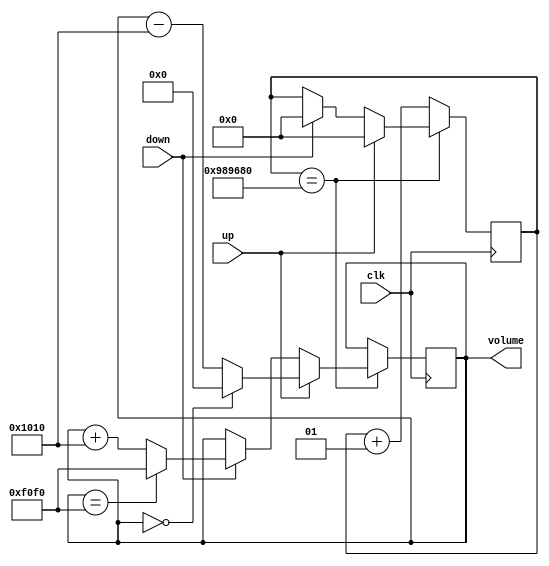
`timescale 1ns / 1ps
//////////////////////////////////////////////////////////////////////////////////
// Company: 
// Engineer: 
// 
// Design Name: 
// Module Name: volume_choose
// Project Name: 
// Target Devices: 
// Tool Versions: 
// Description: 
// 
// Dependencies: 
// 
// Revision:
// Revision 0.01 - File Created
// Additional Comments:
// 
//////////////////////////////////////////////////////////////////////////////////


module volume_choose(
	input clk,
	input up,
	input down,
	output reg [15:0] volume
);
parameter DELAY_TIME = 10000000;
	integer delay = 0;
	always @ (negedge clk) begin 
            if(delay == DELAY_TIME) begin
                 if(up) 
                 begin
                   volume <= (volume==0) ? 0: (volume - 16'h10_10);
                    delay <= 0;
                end
                else if(down) 
                 begin
                     volume <= (volume==16'hF0_F0) ? 16'hF0_F0 : (volume + 16'h10_10);
                    delay <= 0;
                end
            end
            else delay <= delay + 1;
        end

endmodule